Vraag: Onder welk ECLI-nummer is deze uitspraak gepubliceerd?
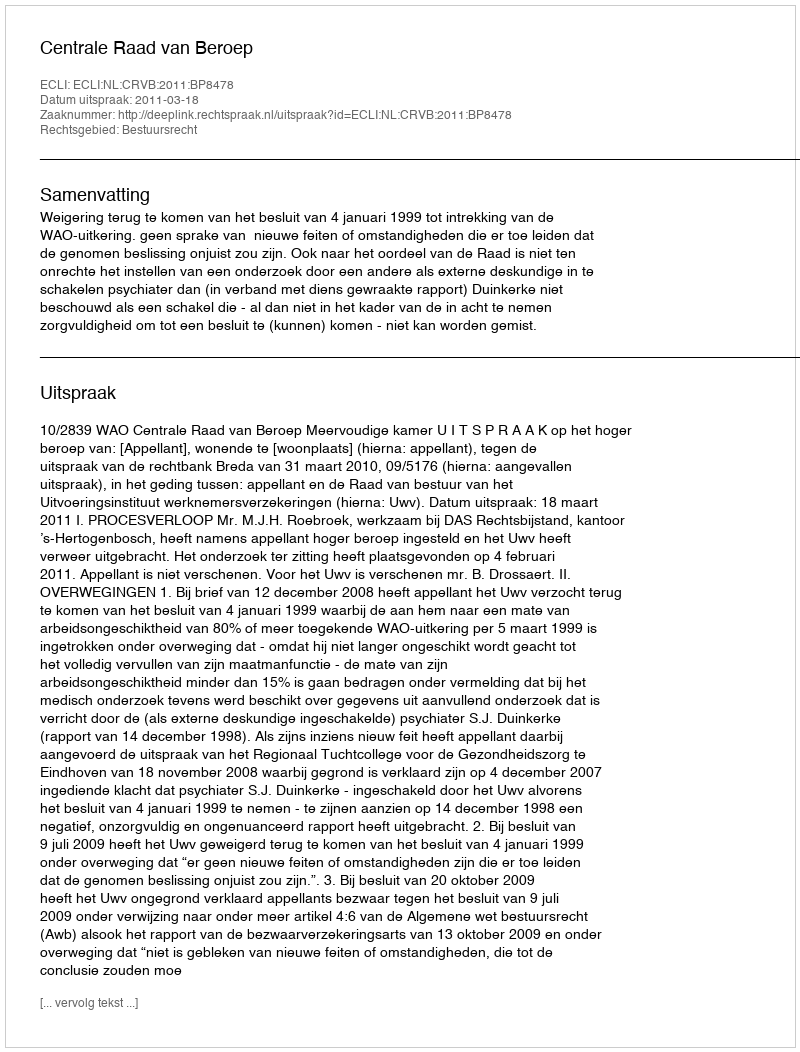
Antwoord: ECLI:NL:CRVB:2011:BP8478